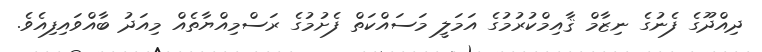
ދިއްދޫގެ ފެނުގެ ނިޒާމް ޤާއިމްކުރުމުގެ އަމަލީ މަސައްކަތް ފެށުމުގެ ރަސްމިއްޔާތެއް މިއަދު ބާއްވައިފިއެވެ.